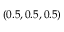
( 0 . 5 , 0 . 5 , 0 . 5 )